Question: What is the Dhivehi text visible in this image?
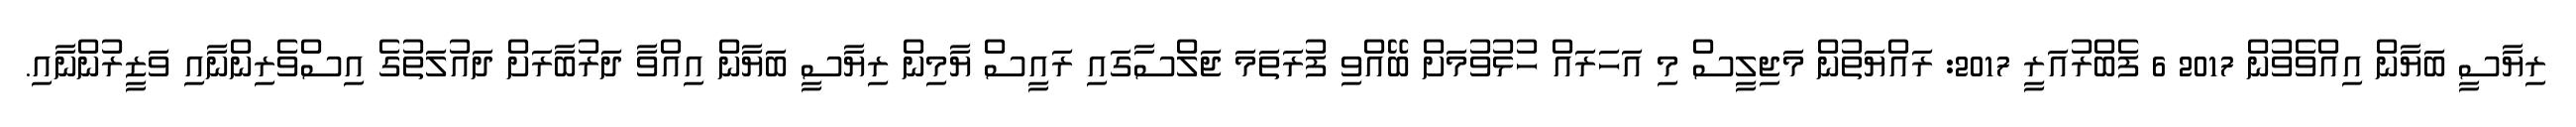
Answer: ރިޔާސީ ބަޔާން އިއްވެވުން 2017 6 ފެބްރުއަރީ 2017: ރައްޔަތުން މަޖިލީސް މި އަހަރައް ހުޅުވުމަށް ބޭއްވި ފުރަތަމަ ޖަލްސާގައި ރައީސް ޔާމިން ރިޔާސީ ބަޔާން އިއްވާ ދަރުބާރަށް ދައުލަތުގެ އިސްވެރިންނާއި ވަޒީރުންނާއި.